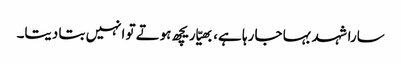
سارا شہد بہا جا رہا ہے، بھیّا ریچھ ہوتے تو انہیں بتا دیتا۔